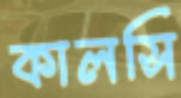
কালসি